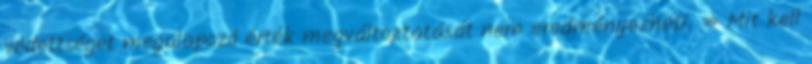
védettséget megalapozó érték megváltoztatását nem eredményezheti. » Mit kell